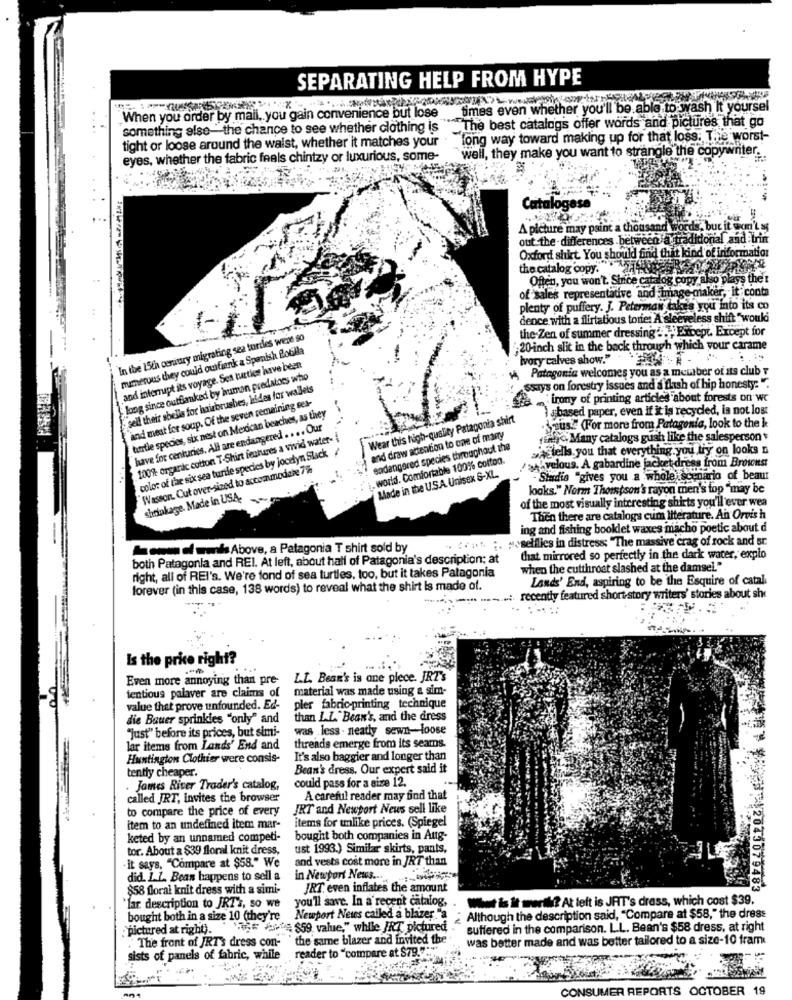
SEPARATING HELP FROM HYPE
times even whether you'll be able to wash It yoursel
When you order by mail, you gain convenience but lose
"The best catalogs offer words and pictures that go
something else- the chance to see whether clothing is
tight or loose around the waist, whether it matches your
"long way toward making up for that loss; The worst-
well, they make you want to strangle the copywriter.
eyes, whether the fabric feels chintzy or luxurious, some-
Catalog
A picture may paint a thousand
but it won't se
out the - differences. betwe
editorial and Irin
Oxford shirt. You should find thit kind of information
the catalog copy.
Offen, you won't. Since catalog copy also plays the I
of sales representative and image maker, it conta
plenty of puffery. J. Peterman takes you into its co
dence with a flirtatious torie: A sleeveless shift " would
the Zen of summer dressing .. , Except. Except for
In the 15ch œuraury migrating sea turtles were so
muamerous they could ouifink a Spanish flotilla
20-inch slit in the back through which your carame
ivory calves show."
and interrupt its voyage. Sea turtles have been
Patagonia welcomes you as a member of its club
Jong since outflanked by human predators who
sell their sbells for hairbrushes, kides for wallets
ssays on forestry issues and a flash of hip honesty: ".
irony of printing articles about forests on we
and meat for soup. Of the seven remaining ces-
turtle species, six nest on Mexican beaches, as they
a based paper, even if it is recycled, is not lost
Wear this high-quality Patagonia shirt
have for centuries. All are endangered . ... Our
Scuse (For more from Patagonia, look to the k
100% organic cotton T-Shirt features a vivid water-
and draw attention to cae of many
(in). Many catalogs gush like the salesperson
color of the six sea turtle species by jocelyn Slack
endangered species throughout the
Astells. you that everything. you try on looks n
- world. Comfortable 100% cotton.
'>ALvelous. A gabardine jacket dress from Brotoust
Wasson. Cut over-sized to accommodate 7%
Made in the U.S.A. Unisex S-XL
- Stadia "gives you a whole; scenario of beaur
looks." Norm Thompson's rayon men's top "may be
shrinkage. Made in USA.
of the most visually interesting shirts you'll ever wea
Then there are catalogs cum literature. An Orvis h
ing and fishing booklet waxes macho poetic about d
.. .. " ;. # selflies in distress; "The massive crag of rock and sr.
Ammed wenhs Above, a Patagonia T shirt sold by
both Patagonia and REI. At left, about half of Patagonia's description; at
that mirrored so perfectly in the dark water, explo
right, all of REI's. We're fond of sea turtles, too, but it takes Patagonia
when the cutthroat slashed at the damsel."
Lands' End, aspiring to be the Esquire of catal
forever (in this case, 138 words) to reveal what the shirt is made of.
.: recently featured short story writers' stories about she
Is the price right?
. ...
Even more annoying than pre-
L.L. Bean's is one piece. JRT's
ientious palaver are claims of
material was made using a sim-
value that prove unfounded. Ed-
pler fabric-printing technique
die Bauer sprinkles "only" and
than L.L. Bean's, and the dress
""just" before its prices, but simi-
was less . neatly sewn-loose
lar items from Lands' End and
threads emerge from its seams.
Huntington Clothier were consis-
It's also baggier and longer than
tently cheaper.
Bean's dress. Our expert said it
could pass for a size 12.
. James River Trader's catalog,
called JRT, invites the browser
A careful reader may find that
to compare the price of every
JRT and Newport News sell like
items for ulike prices. (Spiegel
item to an undefined item mar-
keted by an unnamed competi-
bought both companies in Aug-
tor. About a $39 floral knit dress,
ust 1993.) Similar skirts, pants,
.it says, "Compare at $58." We
and vests cost more in JRT than
did. L.L. Bean happens to sell a
in Newport News ..
$58 floral knit dress with a simi-
JRT. even inflates the amount
2045079483
Wat is it mert? At left is JAT's dress, which cost $39.
'lar description to IRT's, so we
you'll save. In a recent catalog,
bought both in a size 10 (they're
Newport Netes called a blazer "a
Although the description said, "Compare at $58," the dress
"pictured at right).
"46 Facts $59. value," while JRT pictured
suffered in the comparison. L.L. Bean's $58 dress, at right
" the same blazer and invited the"
was better made and was better tailored to a size-10 fram
.The front of JRT's dress con-
reader to "compare at $79.""
sists of panels of fabric, while
CONSUMER REPORTS OCTOBER 19